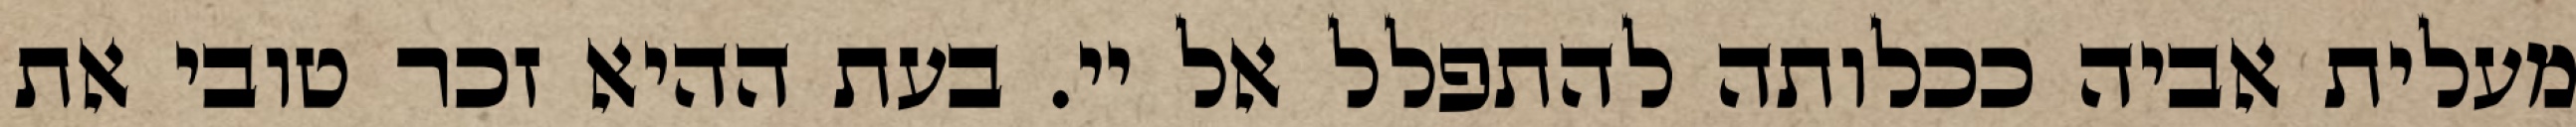
מעלית אביה ככלותה להתפלל אל יי. בעת ההיא זכר טובי את